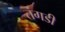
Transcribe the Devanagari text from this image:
तंगडी